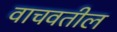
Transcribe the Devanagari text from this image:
वाचवतील